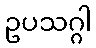
ဥပသဂ္ဂါ